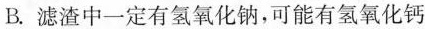
B.滤渣中一定有氢氧化钠，可能有氢氧化钙